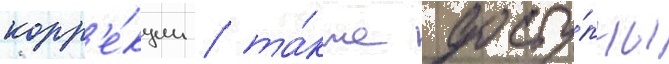
корр'е́кции / та́кже досту́пны